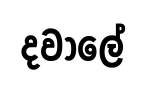
දවාලේ